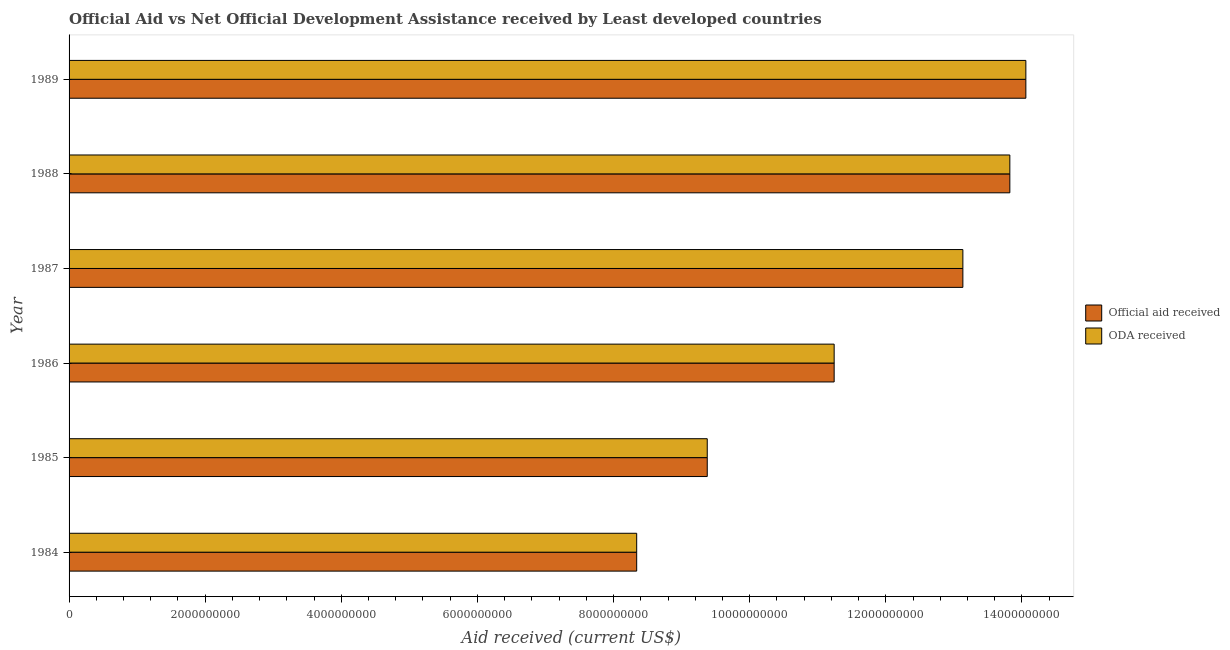
| Year | Official aid received | ODA received |
 | --- | --- | --- |
 | 1984 | 8.34e+09 | 8.34e+09 |
 | 1985 | 9.38e+09 | 9.38e+09 |
 | 1986 | 1.12e+10 | 1.12e+10 |
 | 1987 | 1.31e+10 | 1.31e+10 |
 | 1988 | 1.38e+10 | 1.38e+10 |
 | 1989 | 1.41e+10 | 1.41e+10 |